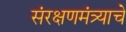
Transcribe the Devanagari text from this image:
संरक्षणमंत्र्याचे